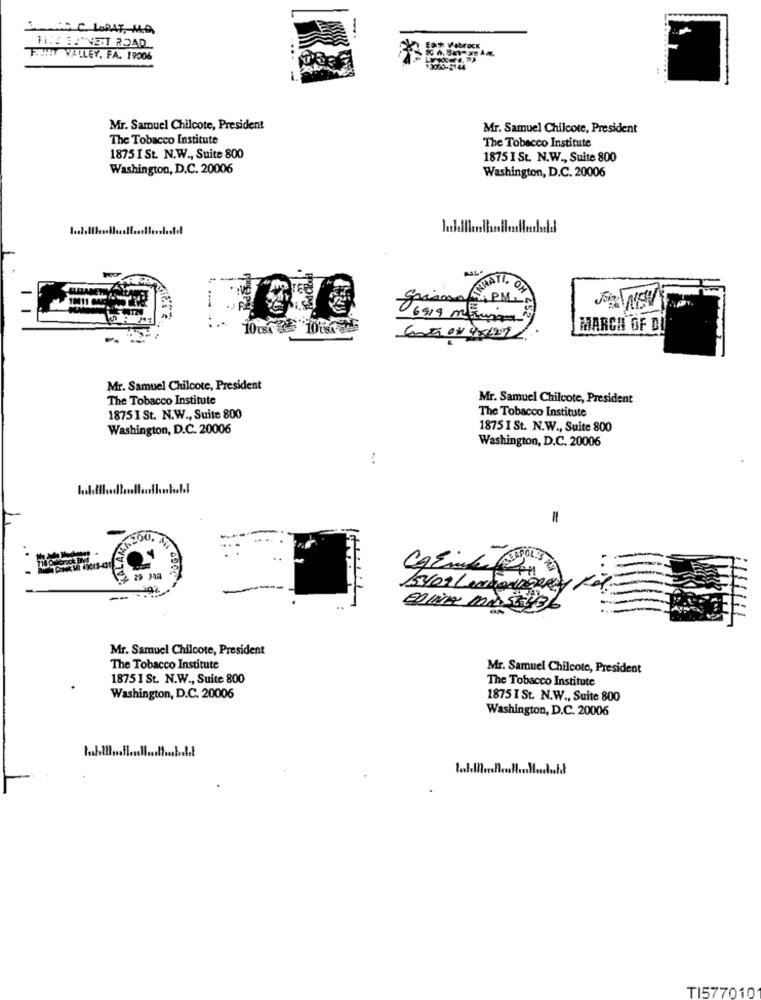
ENit Wabrock
FULLY VALLEY, FA. 19006
$3088-2144
Mr. Samuel Chilcote, President
Mr. Samuel Chilcote, President
The Tobacco Institute
The Tobacco Institute
1875 I St. N.W ., Suite 800
1875 I St. N.W ., Suite 800
Washington, D.C. 20006
Washington, D.C. 20006
dekou
ATI.
10011
06919 nous
10ust 10154 Be
MARCH OF DI
Mr. Samuel Chilcote, President
The Tobacco Institute
Mr. Samuel Chilcote, President
The Tobacco Institute
1875 I St. N.W ., Suite 800
Washington, D.C. 20006
1875 I St. N.W ., Suite 800
Washington, D.C. 20006
:
FTALAMA
unser
15yo9 Lenkadi
--
EDINA MASTUB.
Mr. Samuel Chilcote, President
The Tobacco Institute
Mr. Samuel Chilcote, President
1875 1 St. N.W ., Suite 800
The Tobacco Institute
Washington, D.C. 20006
1875 I St. N.W ., Suite 800
Washington, D.C. 20006
TI577010